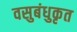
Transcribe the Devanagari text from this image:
वसुबंधुकृत